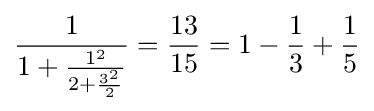
{\frac {1}{1+{\frac {1^{2}}{2+{\frac {3^{2}}{2}}}}}}={\frac {13}{15}}=1-{\frac {1}{3}}+{\frac {1}{5}}